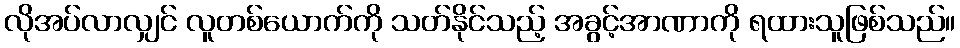
လိုအပ်လာလျှင် လူတစ်ယောက်ကို သတ်နိုင်သည့် အခွင့်အာဏာကို ရထားသူဖြစ်သည်။